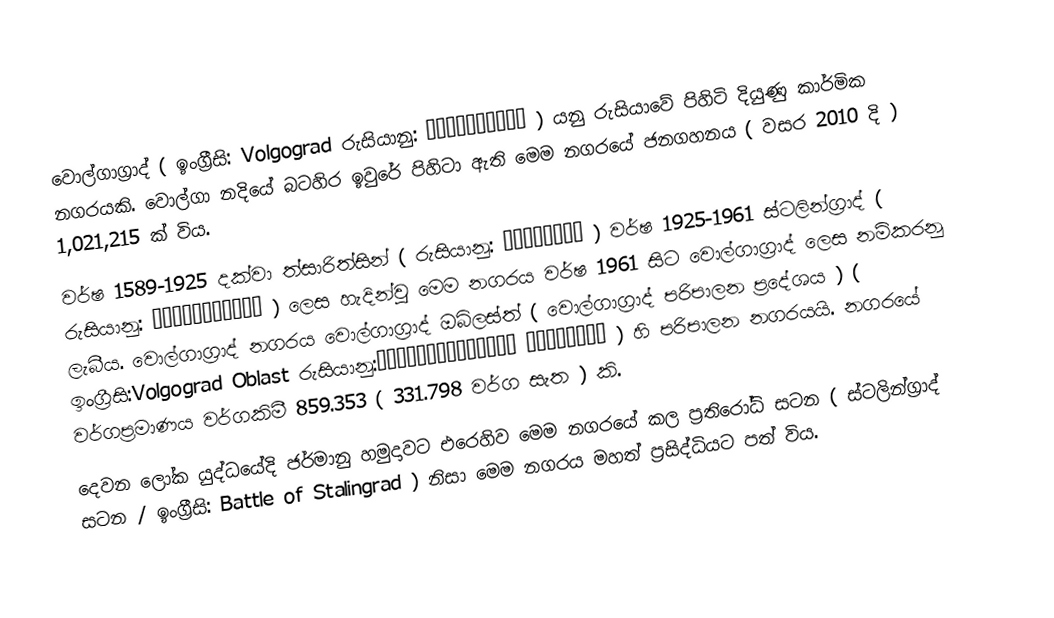
වොල්ගාග්‍රාද් ( ඉංග්‍රීසි: Volgograd රුසියානු: Волгогра́д ) යනු රුසියාවේ පිහිටි දියුණු කාර්මික නගරයකි. වොල්ගා නදියේ බටහිර ඉවුරේ පිහිටා ඇති මෙම නගරයේ ජනගහනය ( වසර 2010 දි ) 1,021,215 ක් විය.
වර්ෂ 1589-1925 දක්වා ත්සාරිත්සින් ( රුසියානු: Цари́цын )​ වර්ෂ 1925-1961 ස්ටලින්ග්‍රාද් ( රුසියානු: Сталингра́д ) ලෙස හැදින්වු මෙම නගරය වර්ෂ 1961 සිට වොල්ගාග්‍රාද් ලෙස නම්කරනු ලැබීය. වොල්ගාග්‍රාද් නගරය වොල්ගාග්‍රාද් ඔබ්ලස්ත් ( වොල්ගාග්‍රාද් පරිපාලන ප්‍රදේශය ) ( ඉංග්‍රීසි:Volgograd Oblast රුසියානු:Волгогра́дская о́бласть ) හි පරිපාලන නගරයයි. නගරයේ වර්ගප්‍රමාණය වර්ගකිමී 859.353 ( 331.798 වර්ග සැත ) කි.
දෙවන ලෝක යුද්ධයේදි ජර්මානු හමුදාවට එරෙහිව මෙම නගරයේ කල ප්‍රතිරෝධි සටන ( ස්ටලින්ග්‍රාද් සටන / ඉංග්‍රීසි: Battle of Stalingrad ) නිසා මෙම නගරය මහත් ප්‍රසිද්ධියට පත් විය.